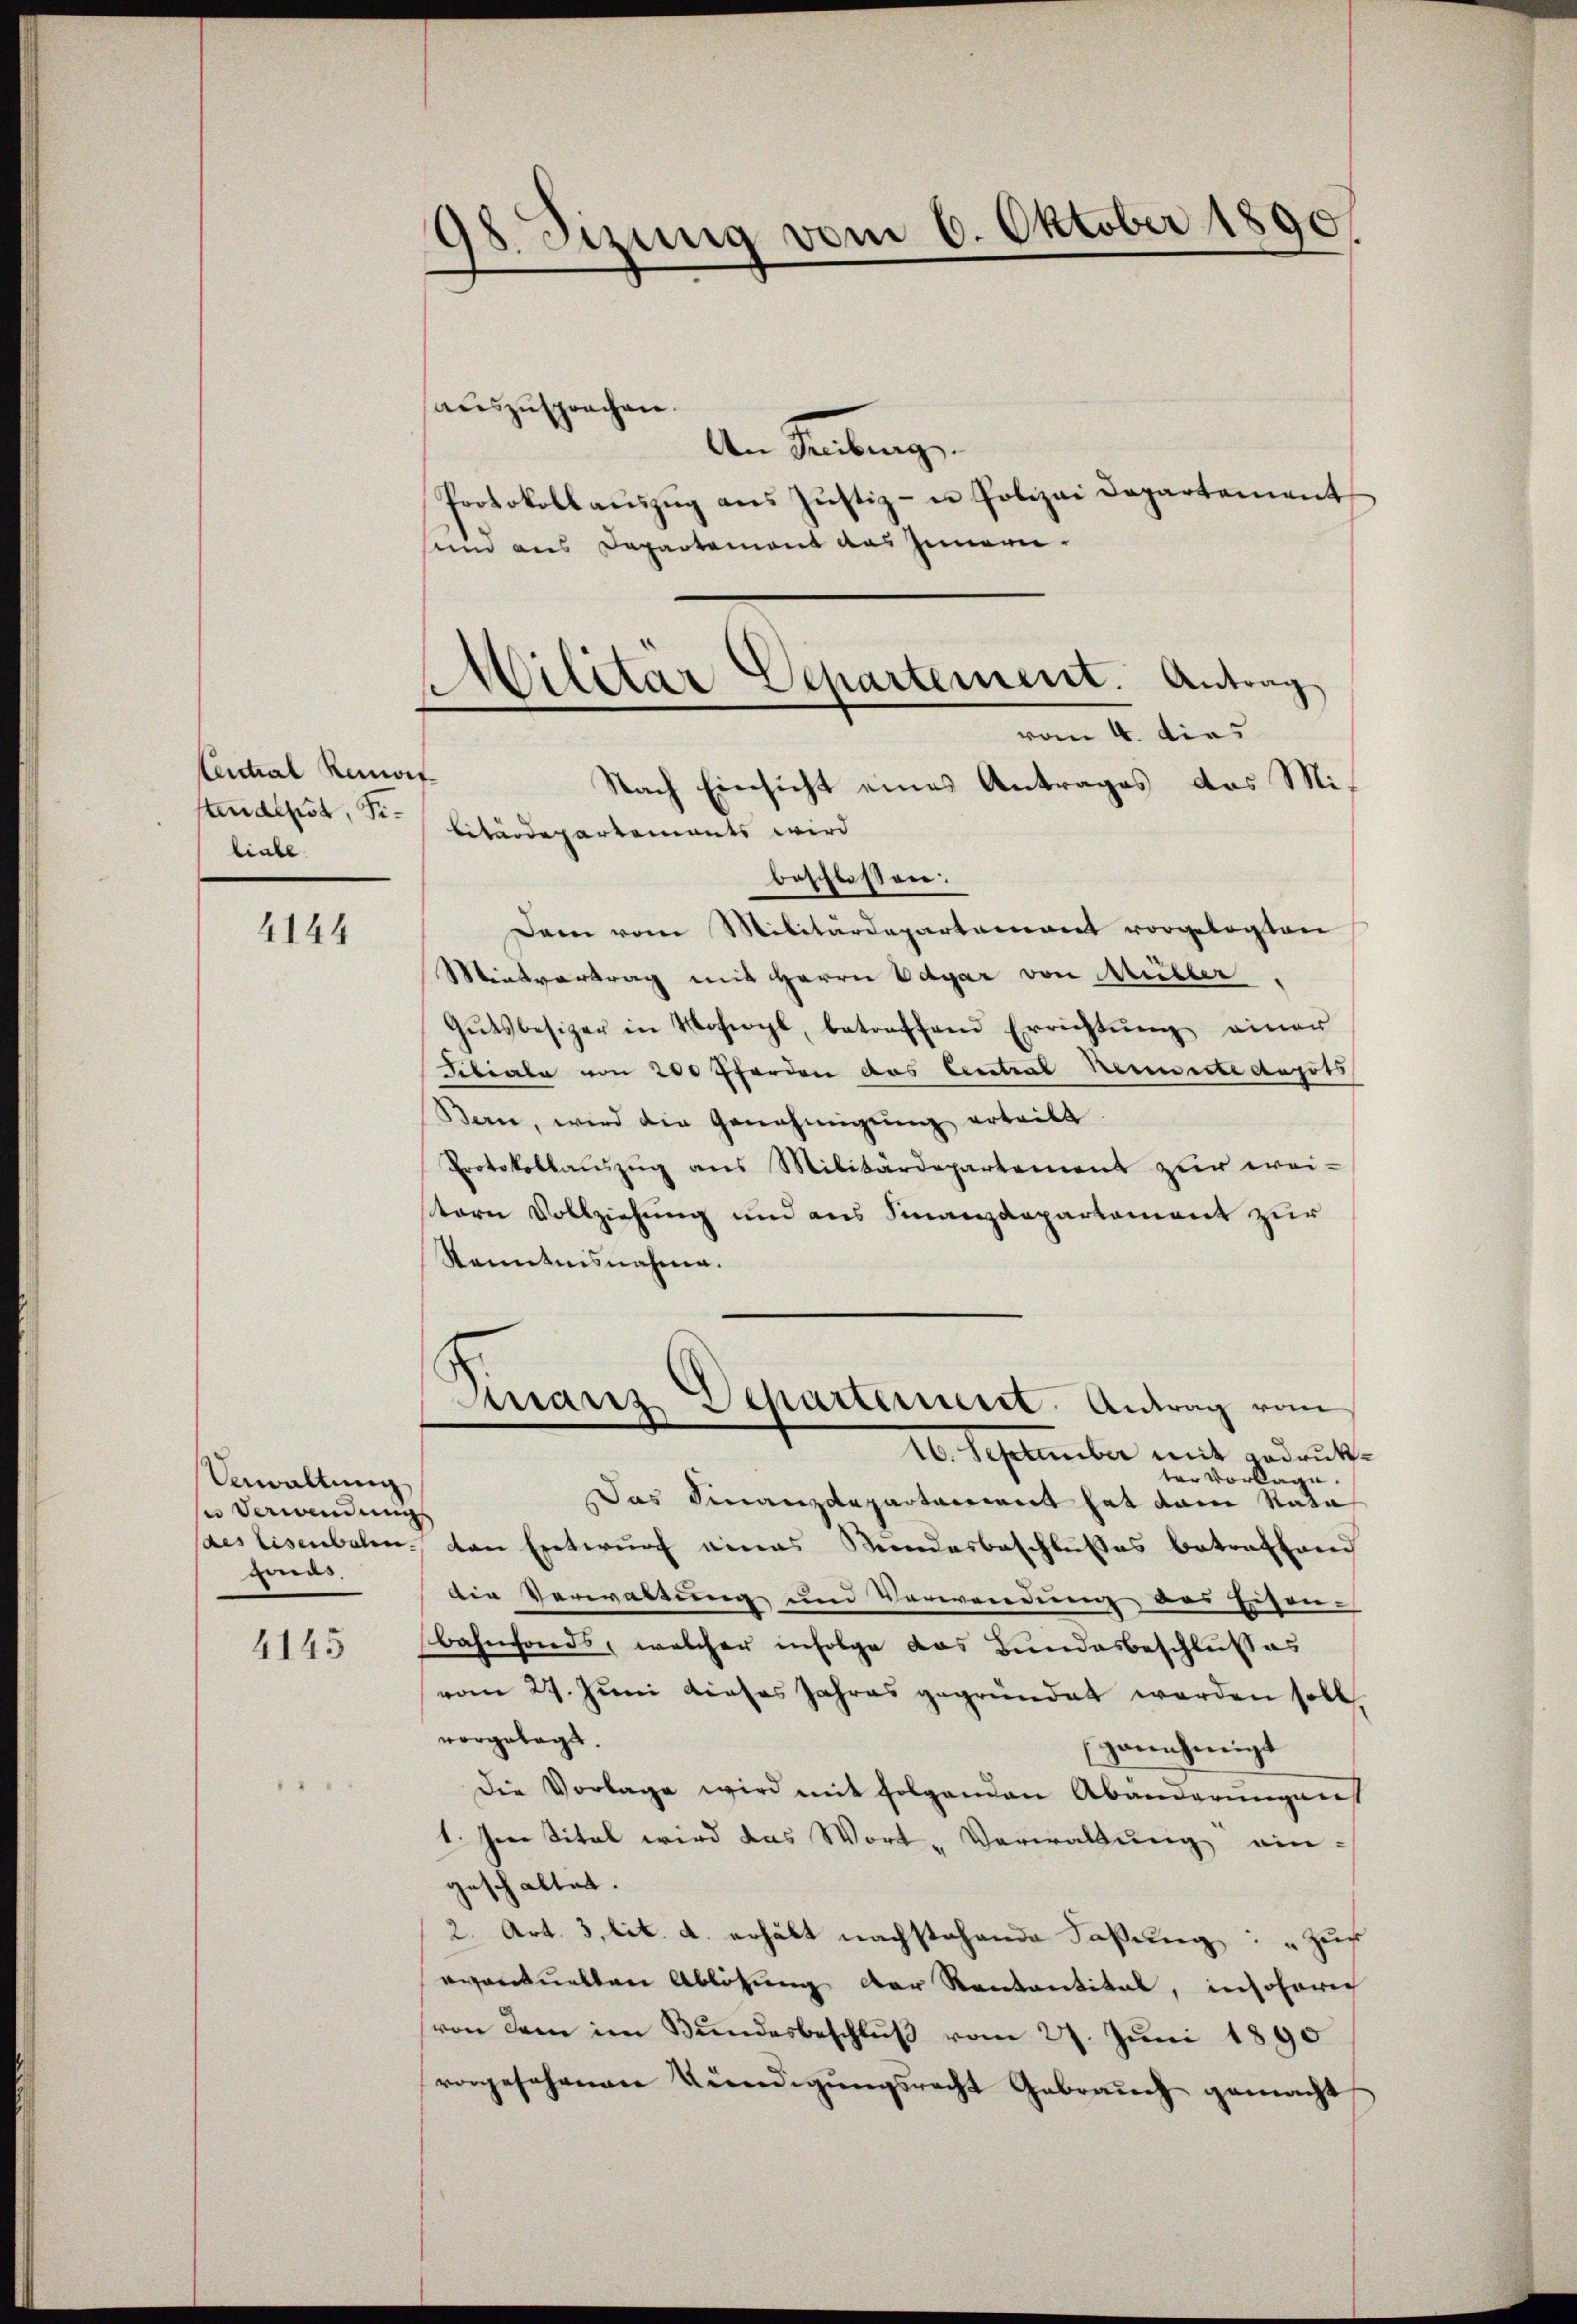
Central Remois
stendepst, Filiale.

4144

Aawallung
se Verandungs
des Eisenbalen.
fonds.

4145

98. Sizung vom 6. Oktober 1890
¬

.
Militar Aepartement. Antrag
vom 4. dies
Nach Einsicht eines Antrages des Mi¬

auszusprochen.
An Senkung
Protokollaŭszŭg ans Justiz- u Polizei Departement
sind aus Departement das Innern.
bitärdepartements wird
beschlossen:
Dann vom Militärdepartement vorgelegten
Mintvertrag mit Herrn Edgar von Mühler,
Gŭtsbesizer in Wohwyl, betreffend Errichtŭng einer
Filiale von 200 Pferden das Central Rennerte depots
Bern, wird die Genehmigung erteilt
Protokollauszug aus Militärdepartement zur wei-
tern Vollziehung und aus Finanzdepartement zur
Kenntnisnahmen.
mans Departement. Antrag vom
10. September mit Bedruckt.
ter vorlagen.
Das Finanzdepartement hat dem Rata
den Entwurf eines Standesbeschlußes betraftand
die Verwaltung und Verwendung, das Eisen-
bahnfonds, welcher infolge das Bundesbeschlußes
vom 29. Juni dieses Jahres gegründet werden soll,
vorgelegt.
genehmigt
Die Vorlage wird mit folgenden Abänderungens
1. In Titel wird das Wort-Verwaltung ein-
geschaltet.
2. Art. 3, lit. a. erhält nachstehende Faßung : „Zur
eventuellen Ablösung der Kantantital, insoferic
(von dem im Bundesbeschluß vom 27. Juni 1890
vorgesehenen Kündigungsrecht Gebrauch gemacht